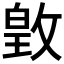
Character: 𫿃